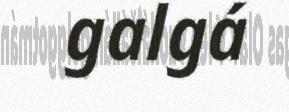
galgá